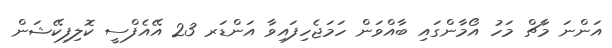
އަންނަ މާޗް މަހު އޯމާންގައި ބާއްވަން ހަމަޖެހިފައިވާ އަންޑަރ 23 އޭއެފްސީ ކޮލިފިކޭޝަން